Annual statistical returns and brief notes on vaccination in Bengal - 1896-1909
Year: 1896
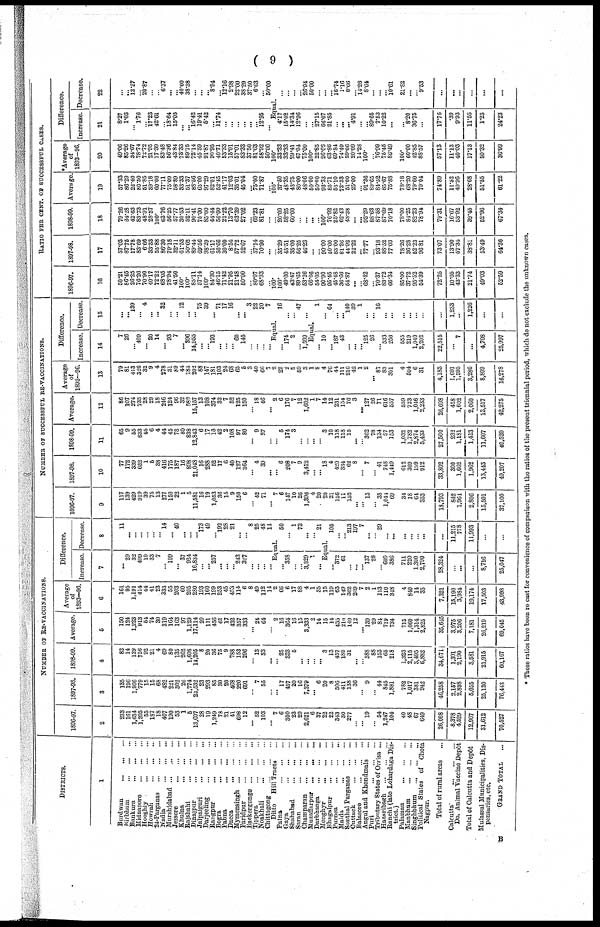
( 9 )
DISTRICTS.
1
Burdwan
...
...
...
Birbhum
...
...
...
Bankura ... ... ...
Midnapore
...
...
...
Hooghly
...
...
...
Howrah
...
...
...
24-Parganas
...
...
...
Nadia
...
...
...
Murshidabad
...
...
...
Jessore
...
...
...
Khulna
...
...
...
Rajshahi
...
...
...
Dinajpur
...
...
...
Jalpaiguri
...
...
...
Darjeeling
...
...
...
Rangpur
...
...
...
Bogra
...
...
...
Pabna
...
...
...
Dacca
...
...
...
Mymensingh
...
...
...
Faridpur
...
...
...
Backergunge
...
...
...
Tippera
...
...
...
Noakhali
...
...
...
Chittogong
...
...
...
Ditto
Hill Tracts ...
Palna
...
...
...
Gaya
...
...
...
Shahabad
...
...
...
Saran
...
...
...
Champaran
...
...
Muzaffarpur
...
...
...
Darbhanga
...
...
...
Monghyr
...
...
...
Bhagalpur
...
...
...
Purnea
...
...
...
Malda
...
...
...
Sonthal Parganas ... ...
Cuttack
...
...
...
Balasore
...
...
...
Angul and Khondmals ...
Puri
...
...
...
...
Tributary States of Orrisa ...
Hazaribagh ... ... ...
Ranchi (late Lohardaga Dis-
trict.)
Palamau
...
...
...
Manbhum
...
...
...
Singhbhum ... ... ...
Political States of Chota
Nagpur.
Total of rural areas ...
Calcutta
...
...
...
Do. Animal Vaccine Depôt
Total of Calcutta and Depôt
Mufassal Municipalities, Dis-
pensaries, etc.
GRAND TOTAL ...
NUMBER OP RE-VACCITATIONS.
1896-97.
2
233
161
1,634
1,205
55
187
18
407
190
53
1
5
13,607
28
19
1,249
73
21
41
698
12
...
52
103
...
7
6
300
23
29
2,621
6
37
22
22
343
30
277
...
... 19
... 54
1,247
104
40
48
67
649
26,008
8,378
4,529
12,907
31,612
70,527
1897-98.
3
135
196
1,906
779
15
15
68
482
221
302
26
1,774
24,532
23
293
85
30
20
468
220
691
...
7
55
...
...
17
457
20
16
7,379
...
6
20
8
506
411
138
36
...
9
... 44
845
1,881
782
1,017
381
942
46,258
2,157
2,898
5,055
25,130
76,443
1898-99.
4
82
14
129
756
92
21
4
69
80
135
262
1,608
14,205
8
20
36
75
9
788
153
296
...
13
33
...
...
25
333
5
...
...
...
...
3
13
457
189
31
...
... 388
88
153
66
218
1,323
2,115
3,495
6,882
34,671
1,391
2,190
3,581
21,915
60,167
Average.
5
150
124
1,223
913
54
74
30
319
164
163
97
1,129
17,114
20
111
456
61
17
432
357
333
...
24
64
...
2
16
364
18
15
3,333
2
14
15
14
435
210
149
12
... 139
29
84
719
734
715
1,060
1,314
2,825
35,645
3,975
3,206
7,181
26,219
69,045
Average
of
1893-96.
6
161
95
1,191
414
44
41
23
333
55
203
60
205
280
193
160
199
253
45
453
114
6
8
49
112
14
2
66
6
17
88
4
1
35
15
119
63
149
362
209
7
2
1
113
110
348
4
840
14
35
7,321
15,190
3,984
19,174
17,503
43,998
Difference.
Increase
7
...
29
32
499
10
33
7
...
109
. ..
37
924
16,831
...
...
257
...
...
...
243
327
...
...
...
...
Decrease.
8
11
...
...
...
...
...
...
14
...
40
...
...
...
173
49
...
192
28
21
...
...
8
25
48
14
Equal.
...
358
...
...
3,329
1
...
50
...
1
73
...
... 21
Equal.
... 372
61
...
...
... 137
28
... 609
386
711
220
1,300
2,790
28,324
...
...
...
8,716
25,047
105
...
... 213
197
7
...
... 29
... ...
...
...
... ...
...
11,215
778
11,993
...
...
NUMBER OF SUCCESSFUL RE-VACCINATIONS.
1896-97.
9
117
139
429
919
39
75
13
277
150
22
1
5
11,581
16
19
1,053
36
15
9
150
6
...
42
71
...
7
6
147
10
26
1,396
4
20
20
21
156
11
152
...
...
13
... 38
1,044
69
34
18
64
353
18,793
842
1,964
2,806
15,501
37,100
1897-98.
10
77
172
339
652
1
5
38
416
175
187
16
898
21,048
16
288
52
17
6
40
127
364
...
4
39
...
...
6
208
7
9
3,412
...
... 18
4
420
334
62
8
...
7
... 41
748
1,449
612
369
199
912
33,802
300
1,662
1,962
13,443
49,207
1898-99.
11
65
9
55
633
45
6
4
44
45
78
80
838
12,843
6
17
13
42
2
108
97
80
...
9
27
...
...
5
174
3
...
...
...
...
3
10
118
118
15
...
... 362
78
134
57
153
1,032
1,782
2,874
5,433
27,600
232
1,181
1,413
11,607
40,520
Average.
12
86
107
274
735
28
29
18
246
124
96
32
580
15,157
13
108
374
32
7
52
125
150
...
18
46
...
2
6
176
7
12
1,602
1
7
14
12
231
154
76
3
... 127
26
71
616
557
559
723
1,046
2,233
26,698
458
1,602
2,060
13,517
42,275
Average
of
1893-96.
13
79
81
413
326
32
9
4
278
31
89
44
184
202
88
147
181
103
24
68
65
6
3
40
66
7
2
22
2
5
59
3
1
8
4
76
44
111
210
42
1
2
... 87
83
301
4
504
6
31
4,183
1,691
1,595
3,286
8,809
16,278
Difference.
Increase.
14
7
26
... 409
... 20
14
... 93
7
... 396
14,955
...
... 193
...
...
... 60
145
...
...
...
. ..
Decrease.
15
...
...
139
...
4
...
... 32
...
... 12
...
... 75
39
... 71
17
16
...
... 3
22
20
7
Equal.
...
174
2
... 1,599
16
...
... 47
...
Equal.
... 10
... 187
43
...
...
... 125
26
... 533
256
555
219
1,040
2,202
22,515
...
7
...
4,708
25,997
1
... 64
...
... 140
39
1
...
... 16
...
...
...
...
...
...
...
1,233
...
1,226
...
...
RATIO PER CENT. OF SUCCESSFUL CASES.
1896-97.
16
50.21
86.45
26.25
76.26
70.90
40.17
72.22
68.05
78.94
41.50
100.
100.
85.11
57.14
100.
84.30
46.15
71.42
21.95
21.48
50.00
...
80.07
68.93
...
100.
100.
49.00
43.47
89.65
53.26
66.66
54.05
90.90
95.45
45.48
36.66
54.87
...
... 68.42
... 70.37
83.72
66.34
85.00
37.72
95.52
54.39
72.25
10.05
43.33
21.74
49.03
52.59
1897-98.
17
57.03
87.75
17.78
83.69
6.66
33.33
55.88
86.30
79.18
32.11
61.53
50.62
89.44
69.56
98.29
61.17
56.66
30.00
8.54
57.72
52.67
...
57.14
70.90
...
...
35.29
45.51
35.00
56.25
46.23
...
... 90.00
50.00
83.00
81.26
44.92
22.22
... 77.77
... 93.18
88.52
77.03
78.26
36.28
52.23
96.81
73.07
13.90
57.34
38.81
53.49
64.36
1898-99.
18
79.26
64.28
42.63
83.73
48.91
28.57
100.
63.76
56.25
57.77
30.53
52.11
90.41
75.00
85.00
44.44
56.00
22.22
13.70
63.39
27.02
... 69.23
81.81
...
... 20.00
52.25
60.00
...
...
...
...
100.
76.92
25.82
62.43
48.38
...
... 93.29
88.63
87.58
87.69
70.18
78.00
84.25
82.23
78.94
79.31
16.67
63.92
39.45
52.96
67.34
Average.
19
57.33
86.29
22.40
80.50
51.85
39.18
60.00
77.11
75.00
68.89
33.33
51.37
88.56
65.00
97.29
82.01
52.45
41.17
12.03
35.01
45.04
... 75.00
71.87
...
100.
37.50
48.35
43.75
80.00
48.06
50.00
50.00
93.33
85.71
53.10
73.33
51.00
25.00
... 91.36
89.65
84.52
85.67
75.88
78.18
68.20
79.60
79.04
74.89
11.52
49.96
28.68
51.55
61.22
*Average
of
1893-96.
20
49.06
85.26
34.67
78.74
72.72
21.95
17.39
83.48
56.36
43.84
73.33
89.75
72.14
45.59
91.87
90.95
40.71
53.33
15.01
57.01
83.33
37.50
81.63
58.92
50.00
100.
33.33
33.33
29.41
67.04
75.00
100.
22.85
26.66
63.86
69.84
74.49
59.66
20.09
14.28
100.
... 76.99
75.45
86.49
100.
60.00
42.85
88.57
57.13
11.13
40.03
17.13
50.32
36.99
Difference.
Increase.
21
8.27
1.03
... 1.76
...
17.23
42.61
...
18.64
15.05
...
... 16.42
19.41
5.42
... 11.74
...
...
...
...
...
... 12.95
...
Decrease.
22
...
...
12.27
...
20.87
...
...
6.37
...
...
40.00
38.38
...
...
... 8.94
... 12.16
2.98
22.00
38.29
37.50
6.63
...
50.00
Equal.
4.17
15.02
14.34
12.96
...
... 27.15
66.67
21.85
...
...
... 4.91
... ...
89.65
7.53
10.22
...
... 8.20
36.75
...
17.76
.39
9.93
11.55
1.23
24.23
...
...
...
... 26.94
50.00
... ...
... 16.74
1.16
8.66
... 14.28
8.64
...
... ...
10.61
21.82
...
... 9.53
...
...
...
...
...
...
* These ratios have been re cast for convenience of comparison with the ratios of the present triennial period, which do not exclude the unknown cases.
B